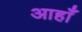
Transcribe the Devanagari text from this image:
आहाँ